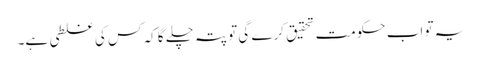
یہ تو اب حکومت تحقیق کرے گی تو پتہ چلے گا کہ کس کی غلطی ہے۔